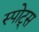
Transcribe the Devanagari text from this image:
स्‍पोट्स